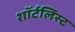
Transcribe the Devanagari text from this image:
शॉर्टलिस्ट